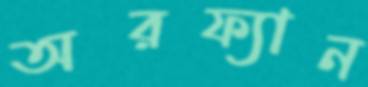
অরফ্যান